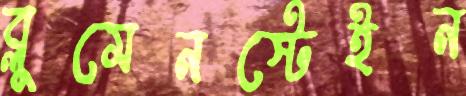
ব্লুমেনস্টেইন